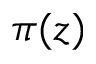
\pi ( z )